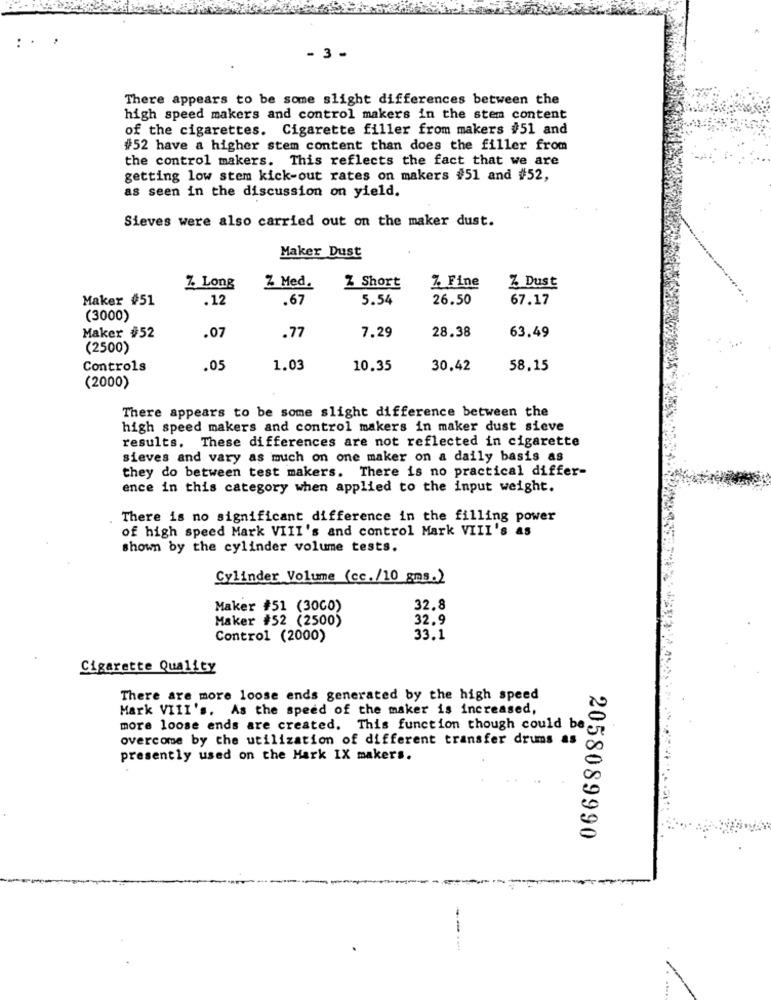
: . .
- 3 -
There appears to be some slight differences between the
high speed makers and control makers in the stem content
of the cigarettes. Cigarette filler from makers #51 and
#52 have a higher stem content than does the filler from
the control makers. This reflects the fact that we are
getting low stem kick-out rates on makers #51 and #52,
as seen in the discussion on yield.
Sieves were also carried out on the maker dust.
Maker Dust
Z Dust
Z Long
Z Med.
Z Short
Z Fine
Maker #51
.12
.67
5.54
26.50
67.17
(3000)
28.38
Maker #52
.07
.77
7.29
63.49
(2500)
Controls
.05
1.03
10.35
30.42
58.15
(2000)
There appears to be some slight difference between the
high speed makers and control makers in maker dust sieve
results. These differences are not reflected in cigarette
sieves and vary as much on one maker on a daily basis as
they do between test makers. There is no practical differ-
ence in this category when applied to the input weight.
There is no significant difference in the filling power
of high speed Mark VIII's and control Mark VIII's as
shown by the cylinder volume tests.
Cylinder Volume (cc./10 gms.)
Maker #51 (3000)
32.8
Maker #52 (2500)
32.9
Control (2000)
33.1
Cigarette Quality
There are more loose ends generated by the high speed
Mark VIII's. As the speed of the maker is increased,
more loose ends are created. This function though could be
overcome by the utilization of different transfer drums as
presently used on the Mark IX makers.
2058089990
---